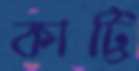
কাট্টি